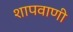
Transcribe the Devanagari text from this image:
शापवाणी